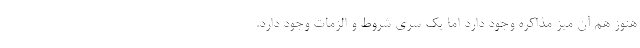
هنوز هم آن میز مذاکره وجود دارد اما یک سری شروط و الزمات وجود دارد.